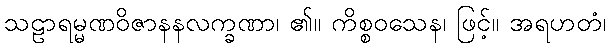
သဠာရမ္မဏဝိဇာနနလက္ခဏာ၊ ၏။ ကိစ္စဝသေန၊ ဖြင့်။ အရဟတံ၊